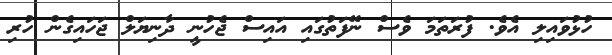
ހުޅުވައިލި އެވެ. ފުރަތަމަ ވެސް ނޭފަތުގައި އައިސް ޖެހުނީ ދާނިޔަލް ޖަހައިގެން ހުރި